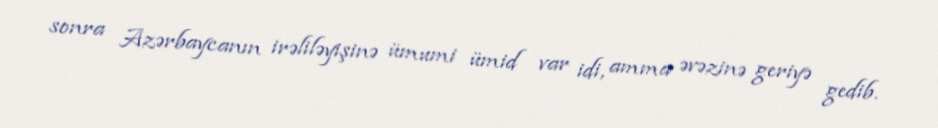
sonra Azərbaycanın irəliləyişinə ümumi ümid var idi, amma əvəzinə geriyə gedib.